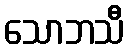
သောဘသီ